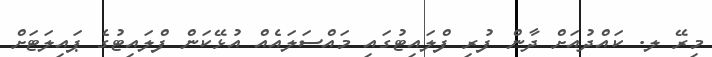
މިރޭ ލ. ކައްދުއަށް ދާން ފުރި ފްލައިޓުގައި މައްސަލައެއް އުޅޭކަން ފްލައިޓުގެ ޕައިލަޓަށް